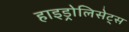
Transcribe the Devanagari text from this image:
हाइड्रोलिसेट्स